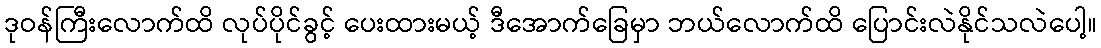
ဒုဝန်ကြီးလောက်ထိ လုပ်ပိုင်ခွင့် ပေးထားမယ့် ဒီအောက်ခြေမှာ ဘယ်လောက်ထိ ပြောင်းလဲနိုင်သလဲပေါ့။